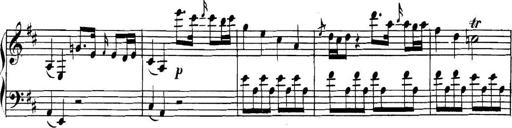
Title: Collected Piano Sonatas
Composer: Muzio Clementi